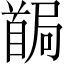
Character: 𩠧